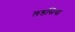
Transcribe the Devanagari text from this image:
लडसिया